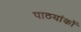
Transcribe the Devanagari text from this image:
पाठयांकों